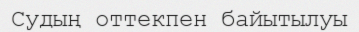
Судың оттекпен байытылуы